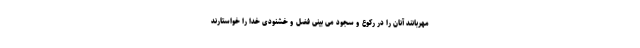
مهربانند آنان را در ركوع و سجود مى بينى فضل و خشنودى خدا را خواستارند